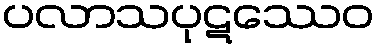
ပလာသပုဋဿေဝ